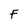
Character: F